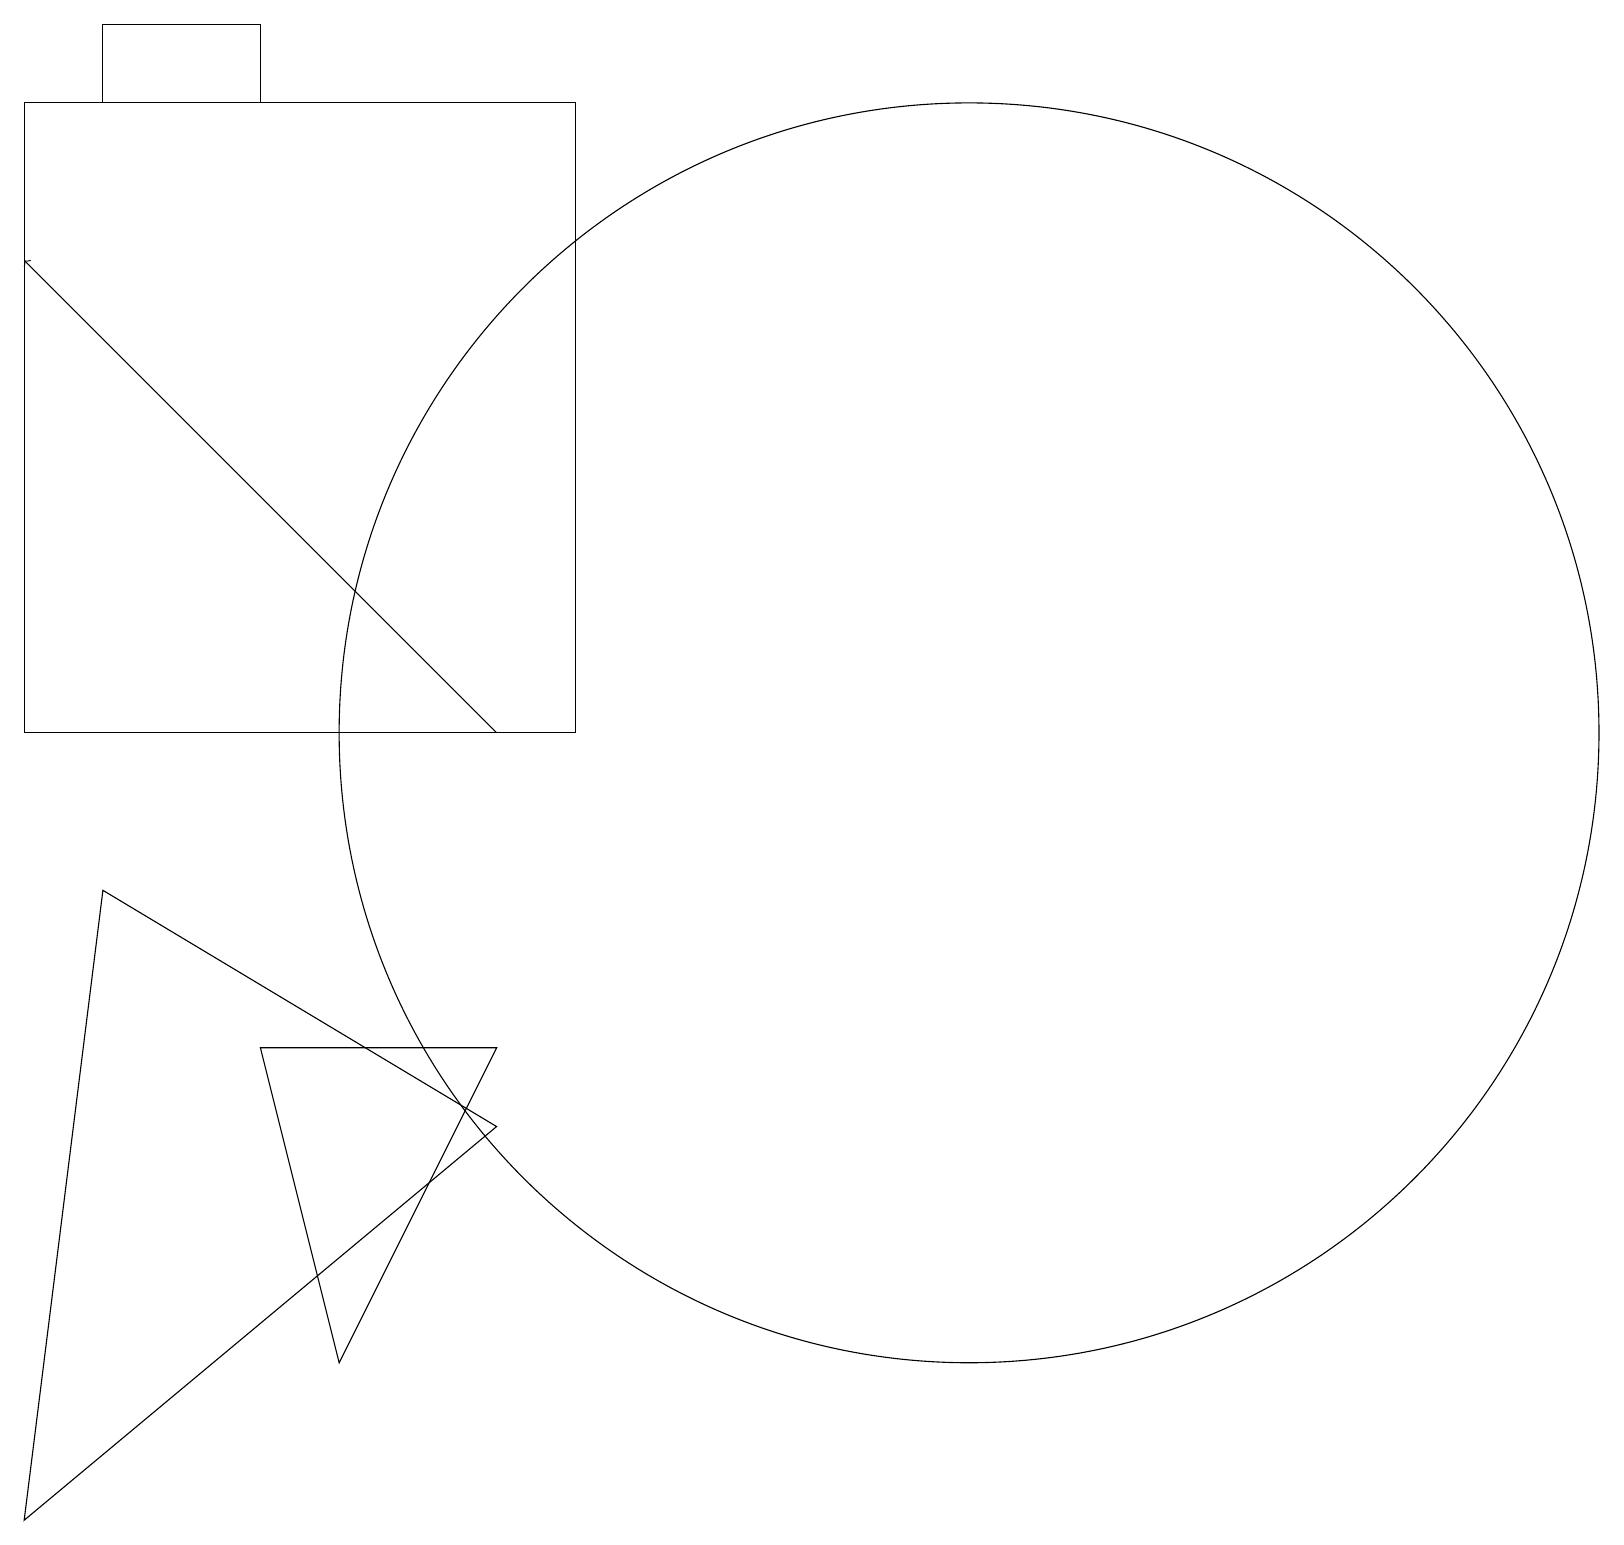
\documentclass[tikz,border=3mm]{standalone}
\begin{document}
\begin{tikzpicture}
\draw (3,6) -- (4,2) -- (6,6) -- cycle;
\draw (1,8) -- (0,0) -- (6,5) -- cycle;
\draw (3,18) rectangle (1,19);
\draw (12,10) circle (8);
\draw (0,10) rectangle (7,18);
\draw[->] (6,10) -- (0,16);
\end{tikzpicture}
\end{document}